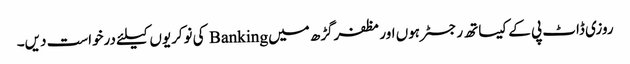
روزی ڈاٹ پی کے کیساتھ رجسٹر ہوں اور مظفرگڑھ میں Banking کی نوکریوں کیلئے درخواست دیں۔